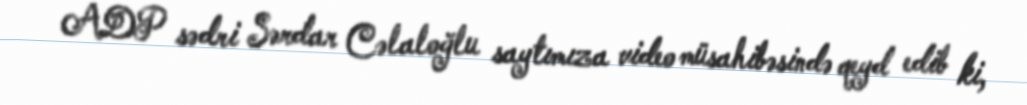
ADP sədri Sərdar Cəlaloğlu saytımıza video müsahibəsində qeyd edib ki,